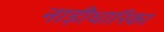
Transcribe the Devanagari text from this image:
नाड़ीधारिका